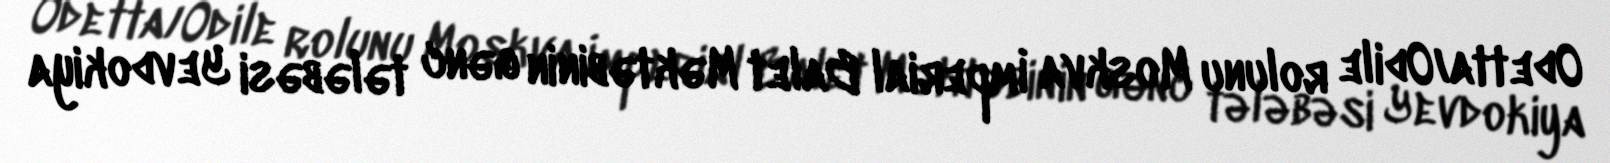
Odetta/Odile rolunu Moskva İmperial Balet Məktəbinin gənc tələbəsi Yevdokiya